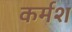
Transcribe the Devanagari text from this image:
कर्मश